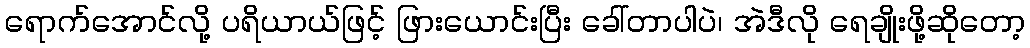
ရောက်အောင်လို့ ပရိယာယ်ဖြင့် ဖြားယောင်းပြီး ခေါ်တာပါပဲ၊ အဲဒီလို ရေချိုးဖို့ဆိုတော့